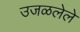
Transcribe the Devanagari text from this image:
उजळलेले